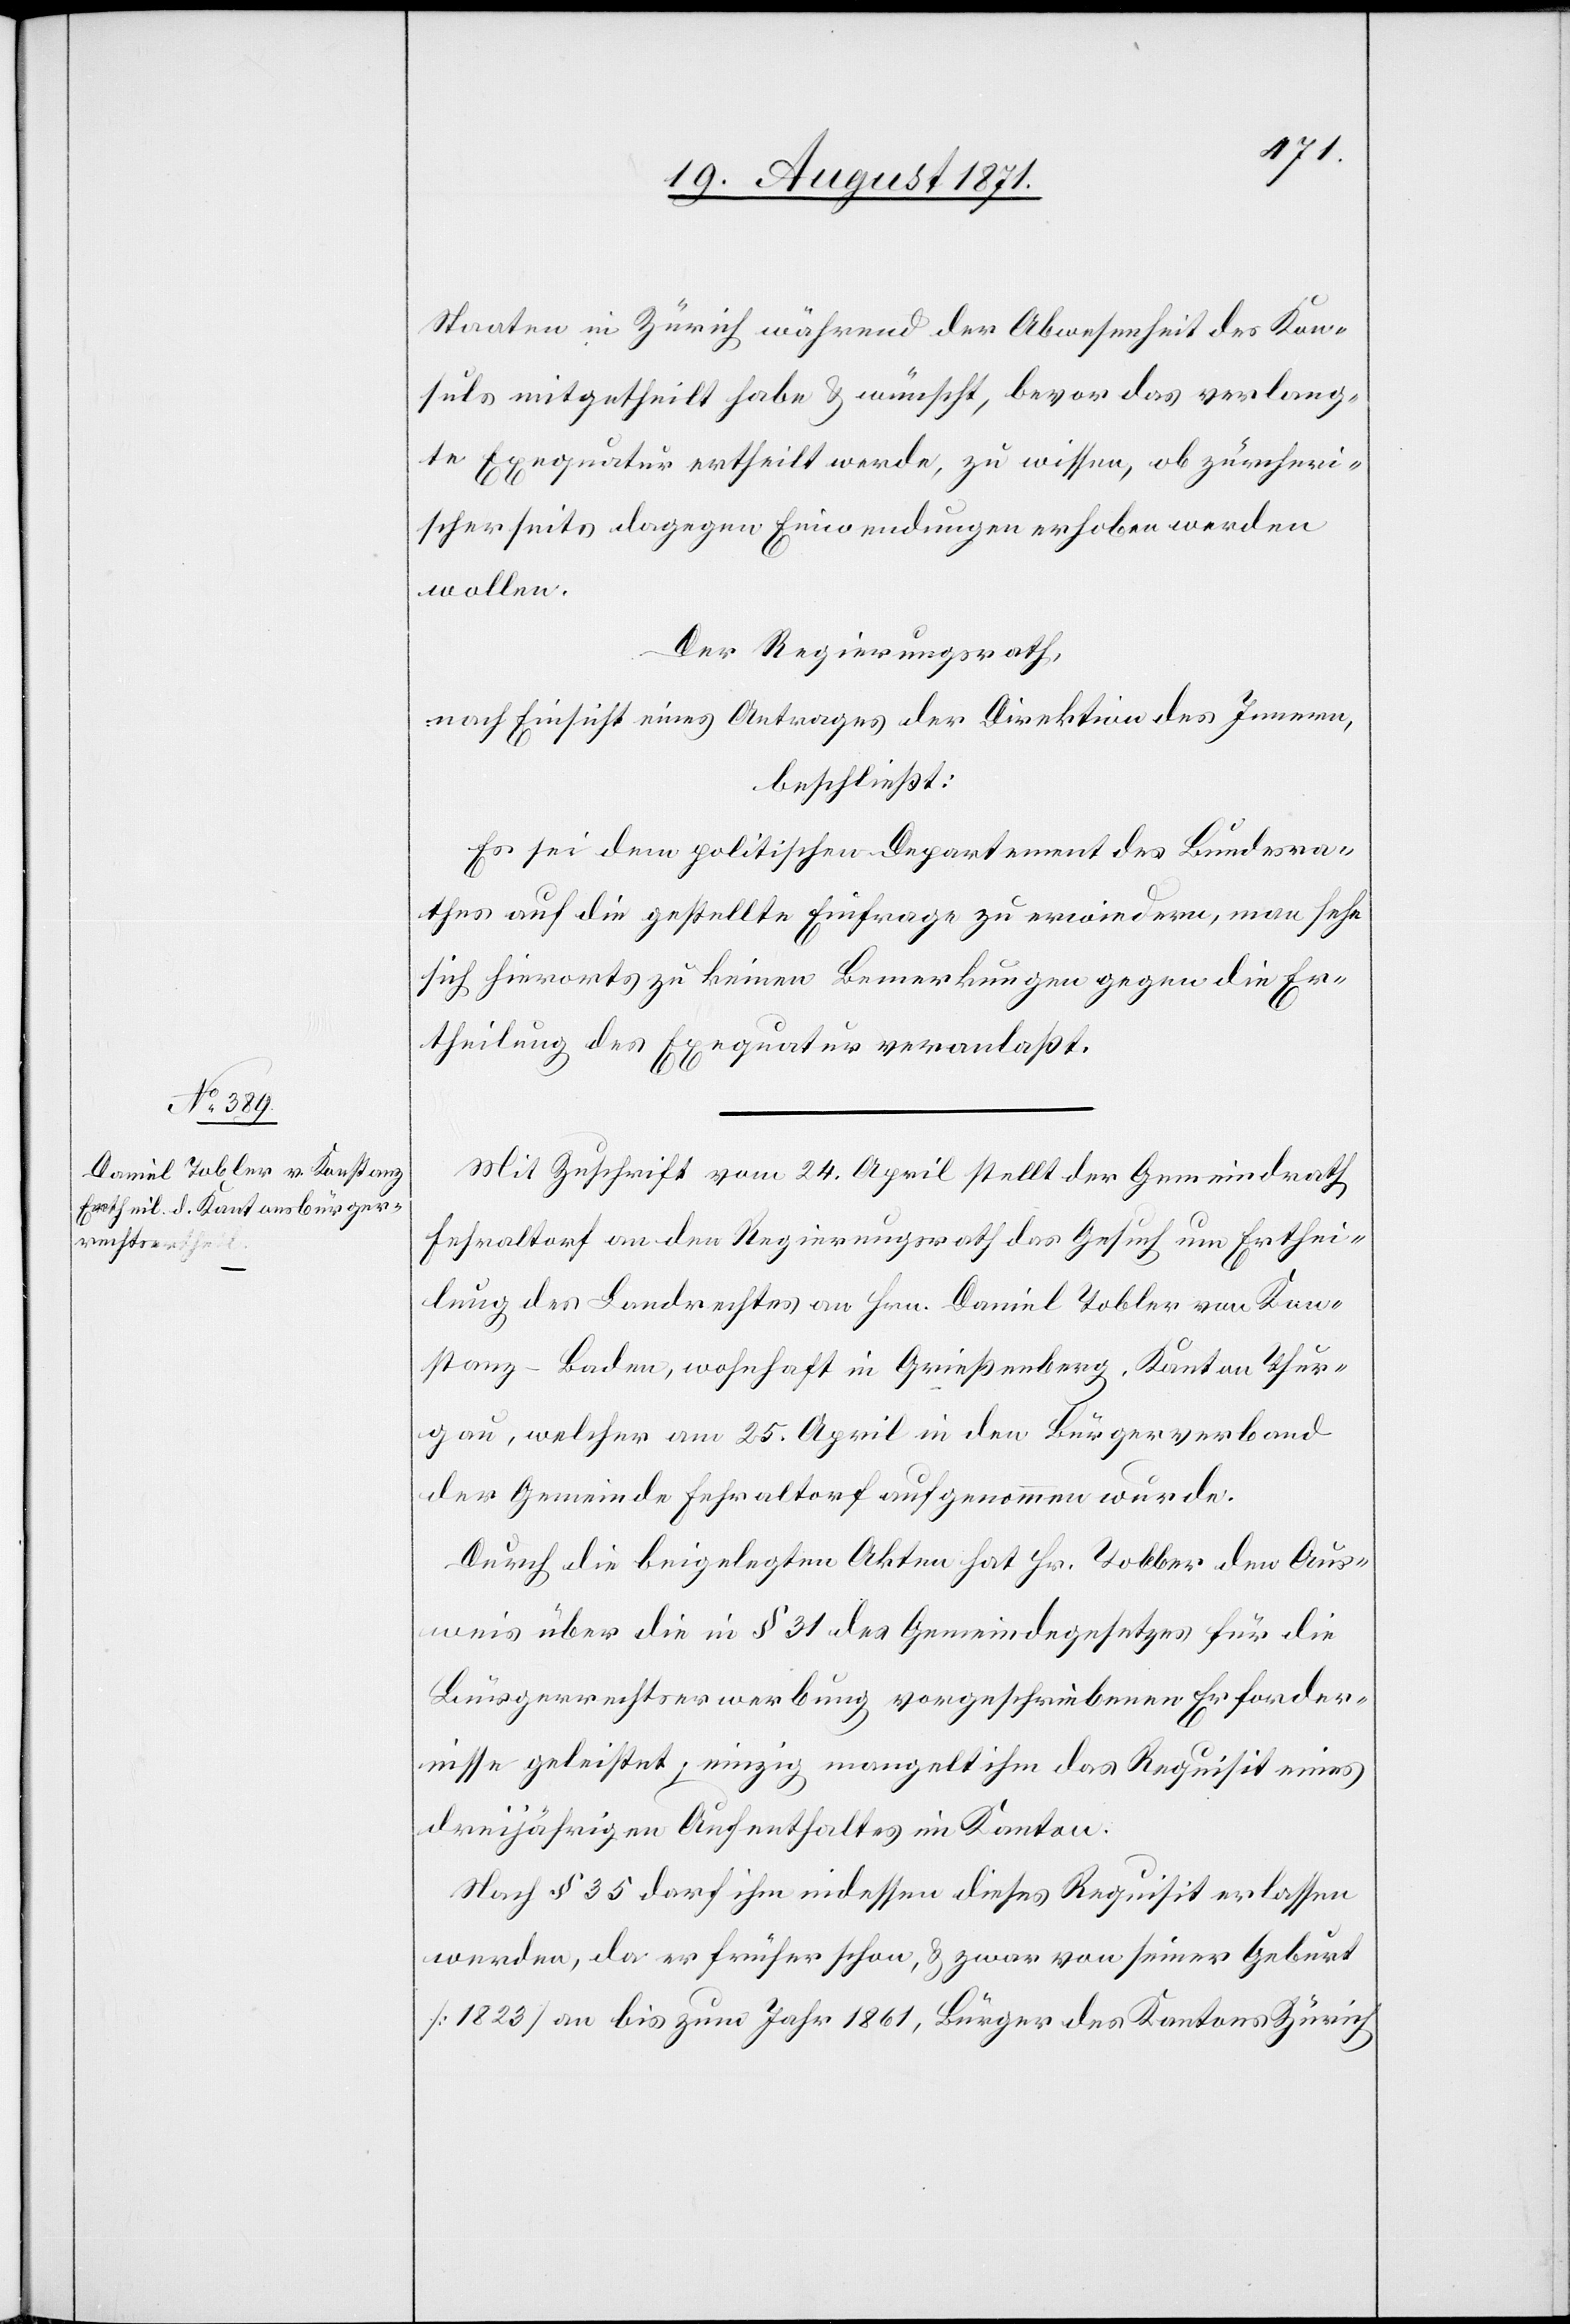
Staaten in Zürich während der Abwesenheit des Kon¬
suls mitgetheilt habe & wünscht, bevor das verlang¬
te Exequatur ertheilt werde, zu wissen, ob zürcheri¬
scherseits dagegen Einwendungen erhoben werden
wollen.
Der Regierungsrath,
nach Einsicht eines Antrages der Direktion des Innern,
beschließt:
Es sei dem politischen Departement des Bundesra¬
thes auf die gestellte Einfrage zu erwiedern, man sehe
sich hierorts zu keinen Bemerkungen gegen die Er¬
theilung der Exequatur veranlaßt.